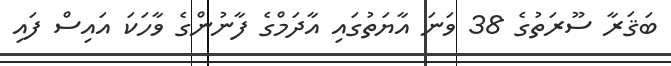
ބަޤަރާ ސޫރަތުގެ 38 ވަނަ އާޔަތުގައި އާދަމްގެ ފާނުންގެ ވާހަކަ އައިސް ފައި